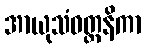
အာယုသံဝတ္တနိကာ